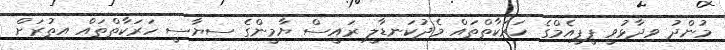
މުންދު ވިދާޅުވީ ޕީޕީއެމްގެ ހަރަކާތްތައް މެދުކަނޑާލީ ރައީސް ޔާމީންގެ ސިޔާސީ ހަރަކާތްތައް އިތުރަށް